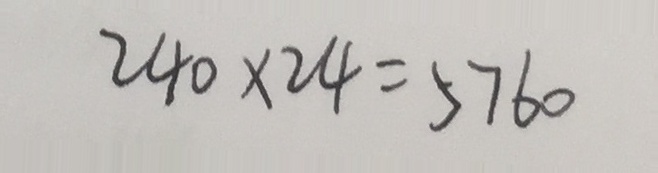
2 4 0 \times 2 4 = 5 7 6 0